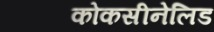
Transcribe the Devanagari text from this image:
कोकसीनेलिड